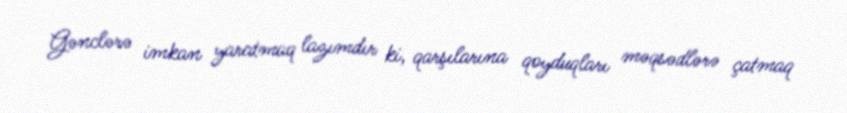
Gənclərə imkan yaratmaq lazımdır ki, qarşılarına qoyduqları məqsədlərə çatmaq